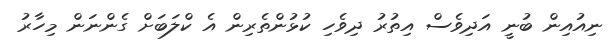
ނިއުއިން ބުނީ އަދިވެސް އިތުރު ދިވެހި ކުޅުންތެރިން އެ ކްލަބަށް ގެންނަން މިހާރު